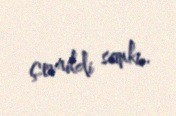
çevrildi sanki..